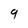
Character: 9